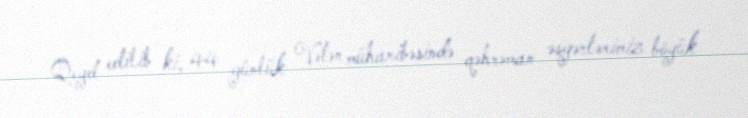
Qeyd edilib ki, 44 günlük Vətən müharibəsində qəhrəman əsgərlərimiz böyük